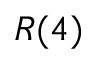
R ( 4 )